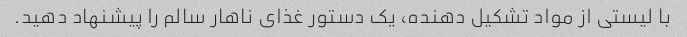
با لیستی از مواد تشکیل دهنده، یک دستور غذای ناهار سالم را پیشنهاد دهید.